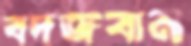
বদজবান